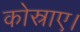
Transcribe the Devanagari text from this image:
कोस्राए।